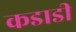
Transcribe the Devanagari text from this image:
कडाडी